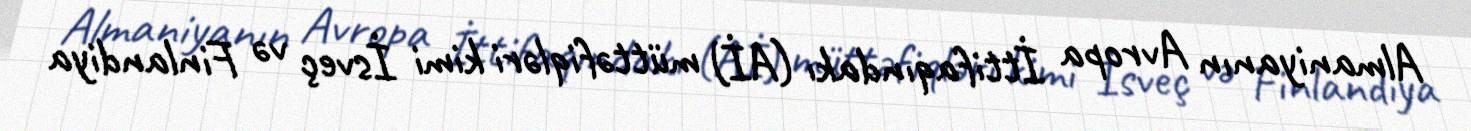
Almaniyanın Avropa İttifaqındakı (Aİ) müttəfiqləri kimi İsveç və Finlandiya